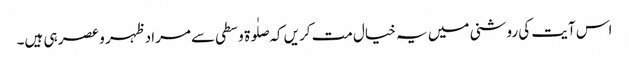
اس آیت کی روشنی میں یہ خیال مت کریں کہ صلٰوۃ وسطی سے مراد ظہر و عصر ہی ہیں۔